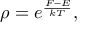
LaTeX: \rho = e ^ { \frac { F - E } { k T } } ,